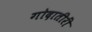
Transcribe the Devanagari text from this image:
गोदातीरीं